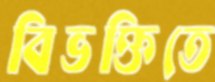
বিভক্তিতে